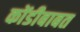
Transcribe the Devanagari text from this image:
कोंडीबाबत